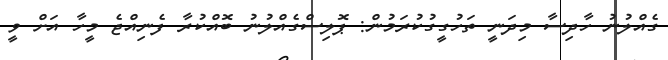
ގެއްލުނު ހާދިސާ މިދަނީ ތަހުގީގުކުރަމުން: ޕޮލިސްގެއްލުނު ބޮއްކުރާ ފެނިއްޖެ މީހާ އަށް ވީ